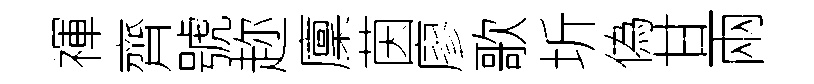
禈齊號趂廩茵廖歌圻偽甘兩